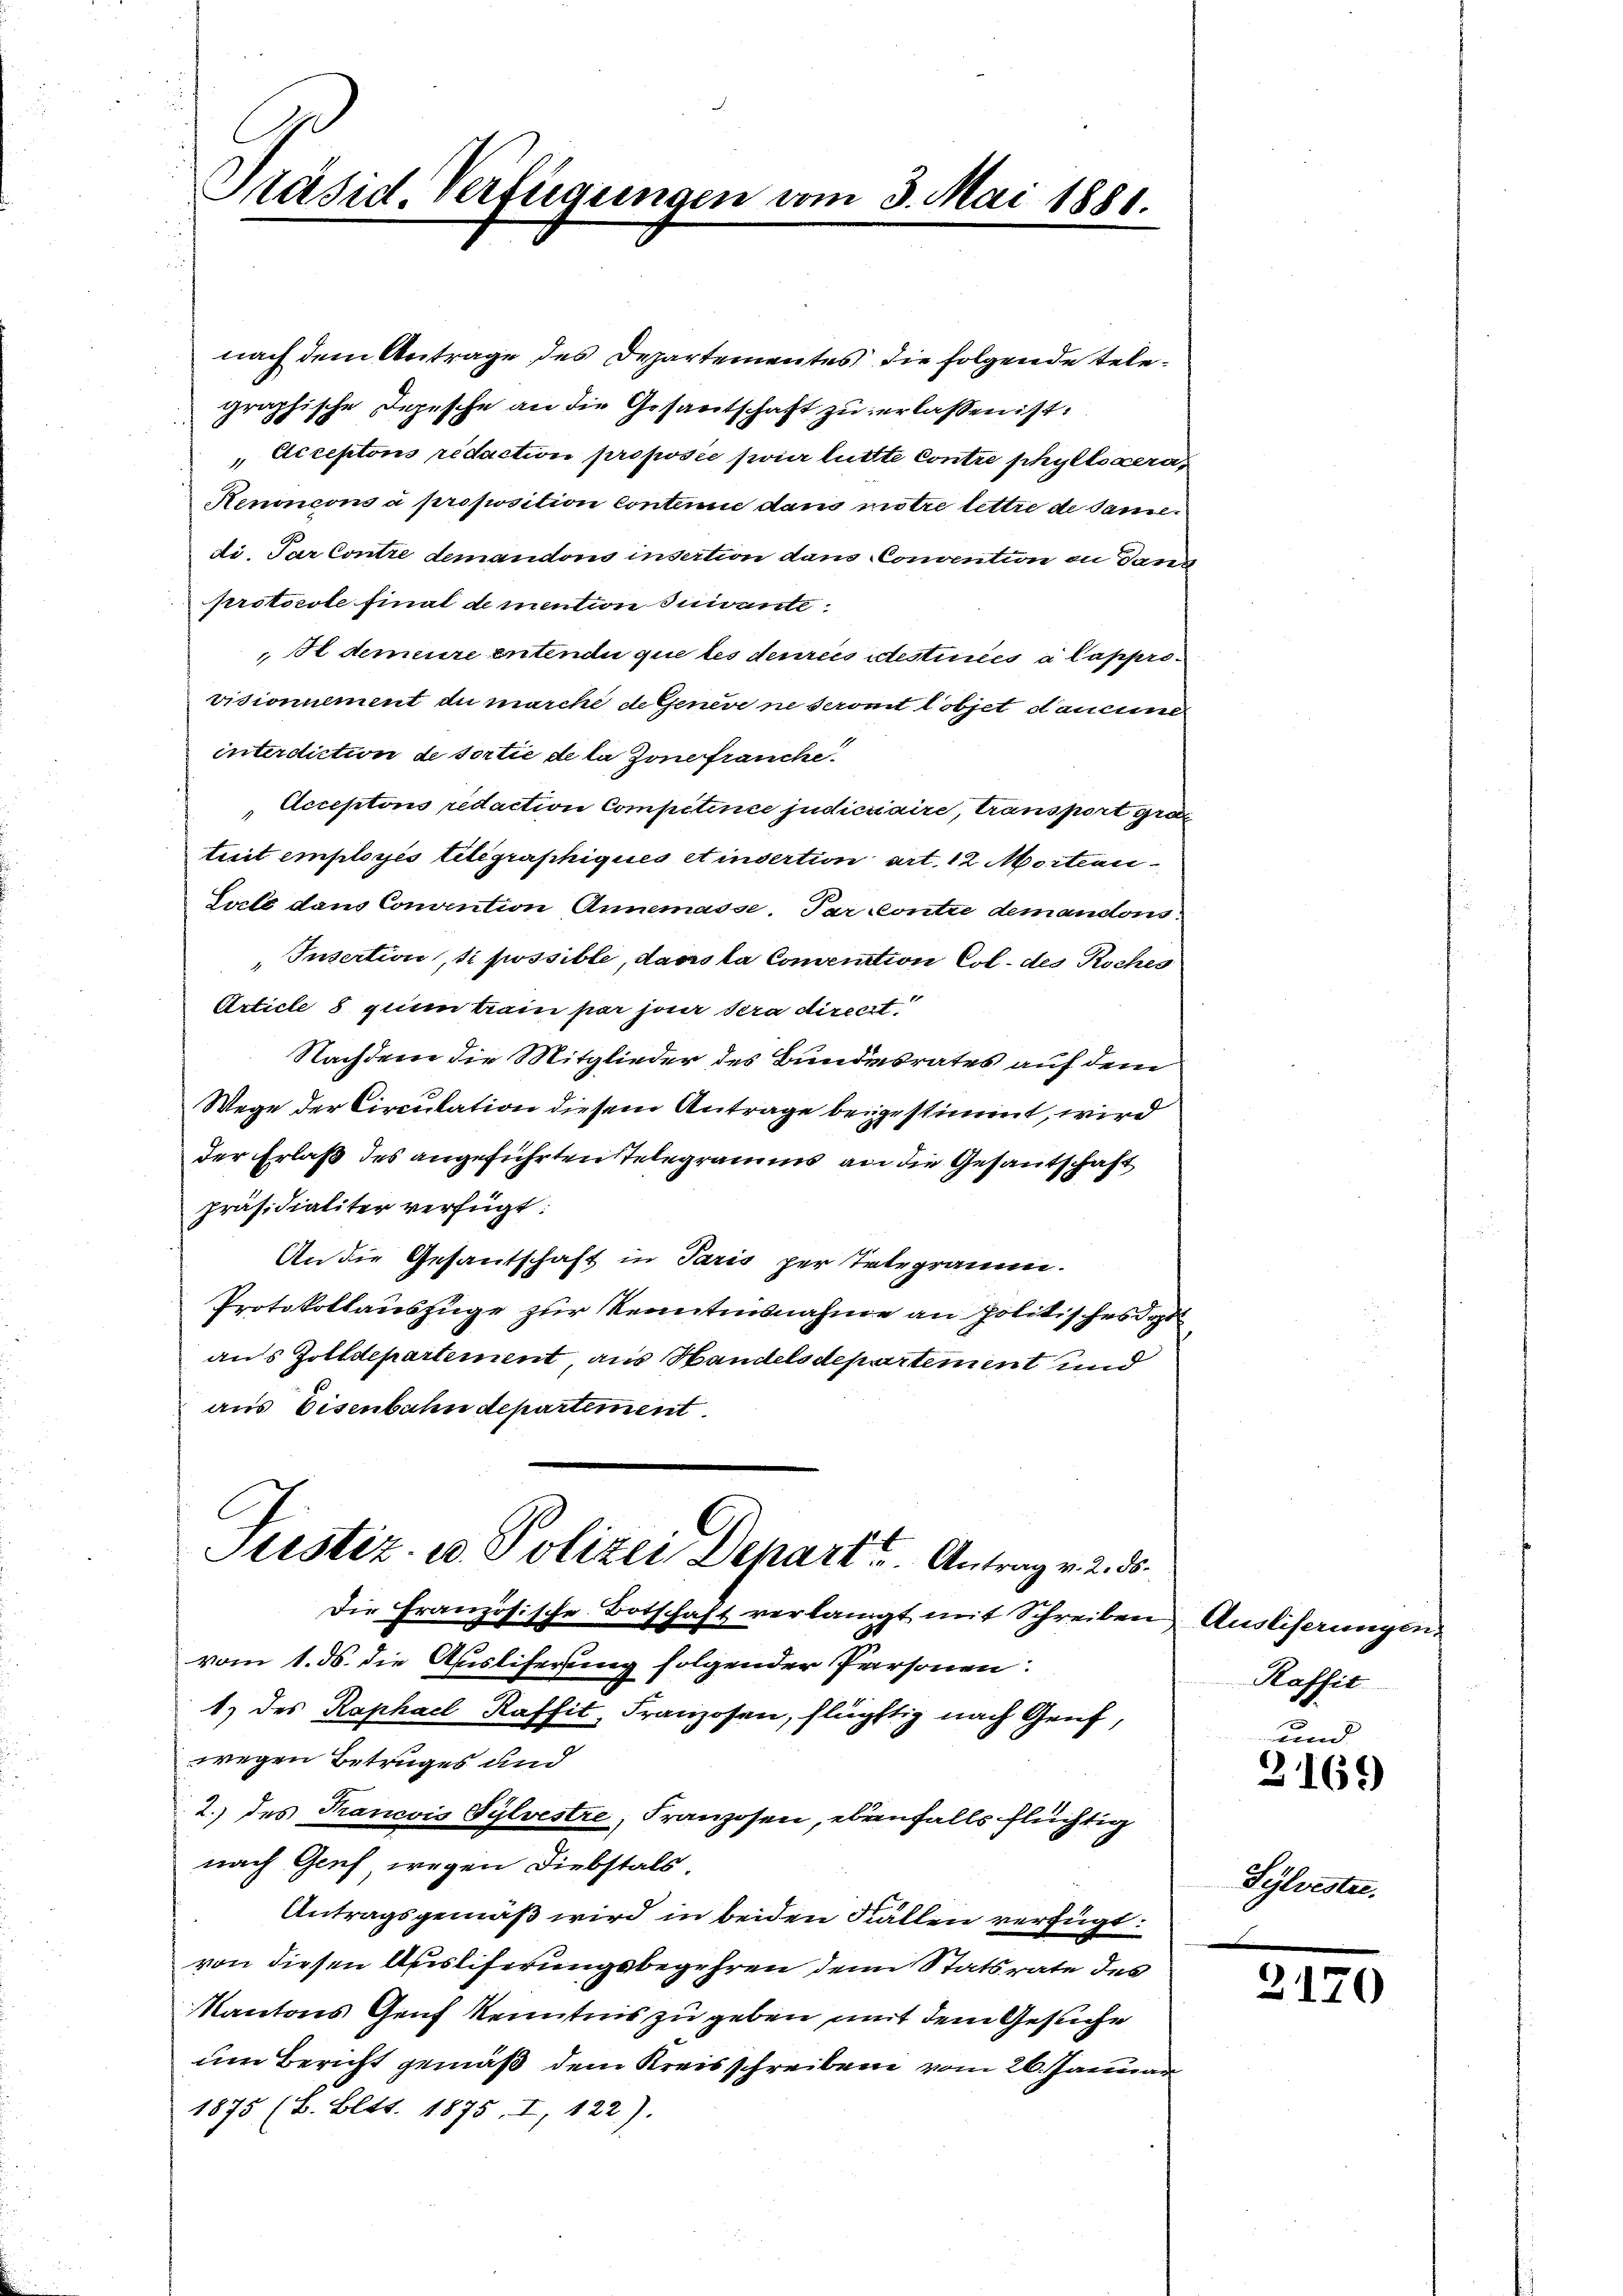
Präsid-Verfügungen vom 3. Mai 1881.

nach dem Antrage des Departementes die folgende telegraphische Depesche an die Gesantschaft zu erlassen ist.
" Acceptons redaction proposie pour luttte Contre phyllogera
Renoncons à proposition contemie dans mitre lettre de sanie
di. Par Contre demandono insertion dans Convention an Dana
protocole final de mention suivante
Hdemeure entendi que les denrecs idestinées à lapprovisionument du marche de Genere ne seront lobjet danceme
interdiction de sortie de la Zone franche
Acceptons redaction Competence judiciaire, transport gro
tesit employés telegraphiques einvertion art. 12 Martien
Sarlé dans Convention Annemasse. Par Contre demandons
Insertion, si possible, dass la Conciation Col. des Roches
Article 8 quam train par jour sera direct.
Nachdem die Mitglieder des Bundesrates auf dem
Wege der Circulation diesem Antrage beigestimmt, wird
der Erlaß des angeführten Telegramms an die Gesantschaft
präsidialiter verfügt:
An die Gesantschaft in Paris per Telegramm.
Protokollauszüge zur Kenntnisnahme an politisches dept
aus Zolldepartement, aus Handels departement und
aus Eisenbahn departiment.
Ptistiz- u. Polizei Depart. Antrag v. 2. ds.
Die Französische Botschaft verlangt mit Schreiben Ausliserungen,
vom 1. ds. die Ausliferung folgender Personen:
1) des Raphael Raffit, Franzosen, flüchtig nach Genf,
wegen Betruges und
2.) des Francois Sylvestre, Franzosen, ebenfalls flüchtig
nach Genf wegen Diebstals
Antragsgemäß wird in beiden Kallen verfügt:
von diesen Auslieferungsbegehren dem Statsrate des
Kantons Genf Kenntnis zu geben mit dem Gesuche
um Bericht gemäß dem Kreisschreiben vom 26. Januar
1875 (B. Bett. 1875. I, 122).

Rafsit
und

3169)

Sylvester.

2170